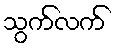
သွက်လက်